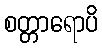
စတ္တာရောပိ